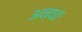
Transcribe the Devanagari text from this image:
अन्धाः